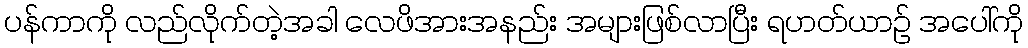
ပန်ကာကို လည်လိုက်တဲ့အခါ လေဖိအားအနည်း အများဖြစ်လာပြီး ရဟတ်ယာဉ် အပေါ်ကို